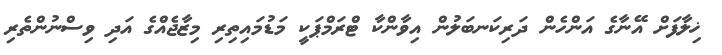
ޚިލާފަށް އޭނާގެ އަންހެން ދަރިކަނބަލުން އިވާންކާ ޓްރަމްޕަކީ މަޑުމައިތިރި މިޒާޖެއްގެ އަދި ވިސްނުންތެރި